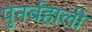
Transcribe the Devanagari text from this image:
पुनर्बहाली